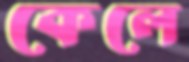
কেলে